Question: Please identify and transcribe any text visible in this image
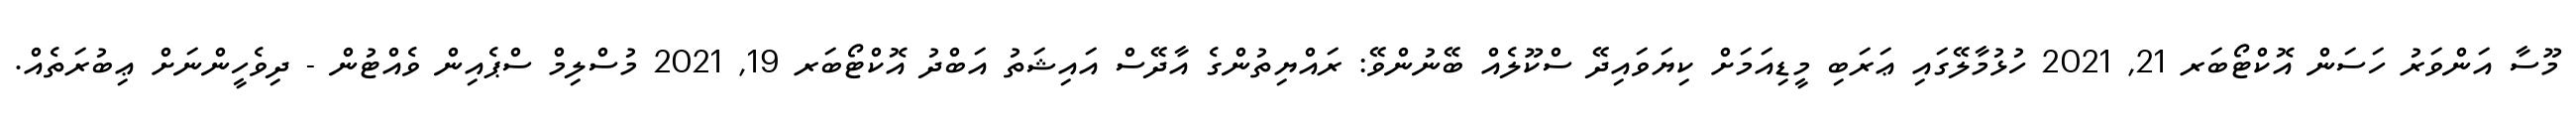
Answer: މޫސާ އަންވަރު ހަސަން އޮކްޓޯބަރ 21, 2021 ހުޅުމާލޭގައި ޢަރަބި މީޑިއަމަށް ކިޔަވައިދޭ ސްކޫލެއް ބޭނުންވޭ: ރައްޔިތުންގެ އާދޭސް އައިޝަތު އަބްދު އޮކްޓޯބަރ 19, 2021 މުސްލިމް ސްޕެއިން ވެއްޓުން - ދިވެހީންނަށް ޢިބުރަތެއް.